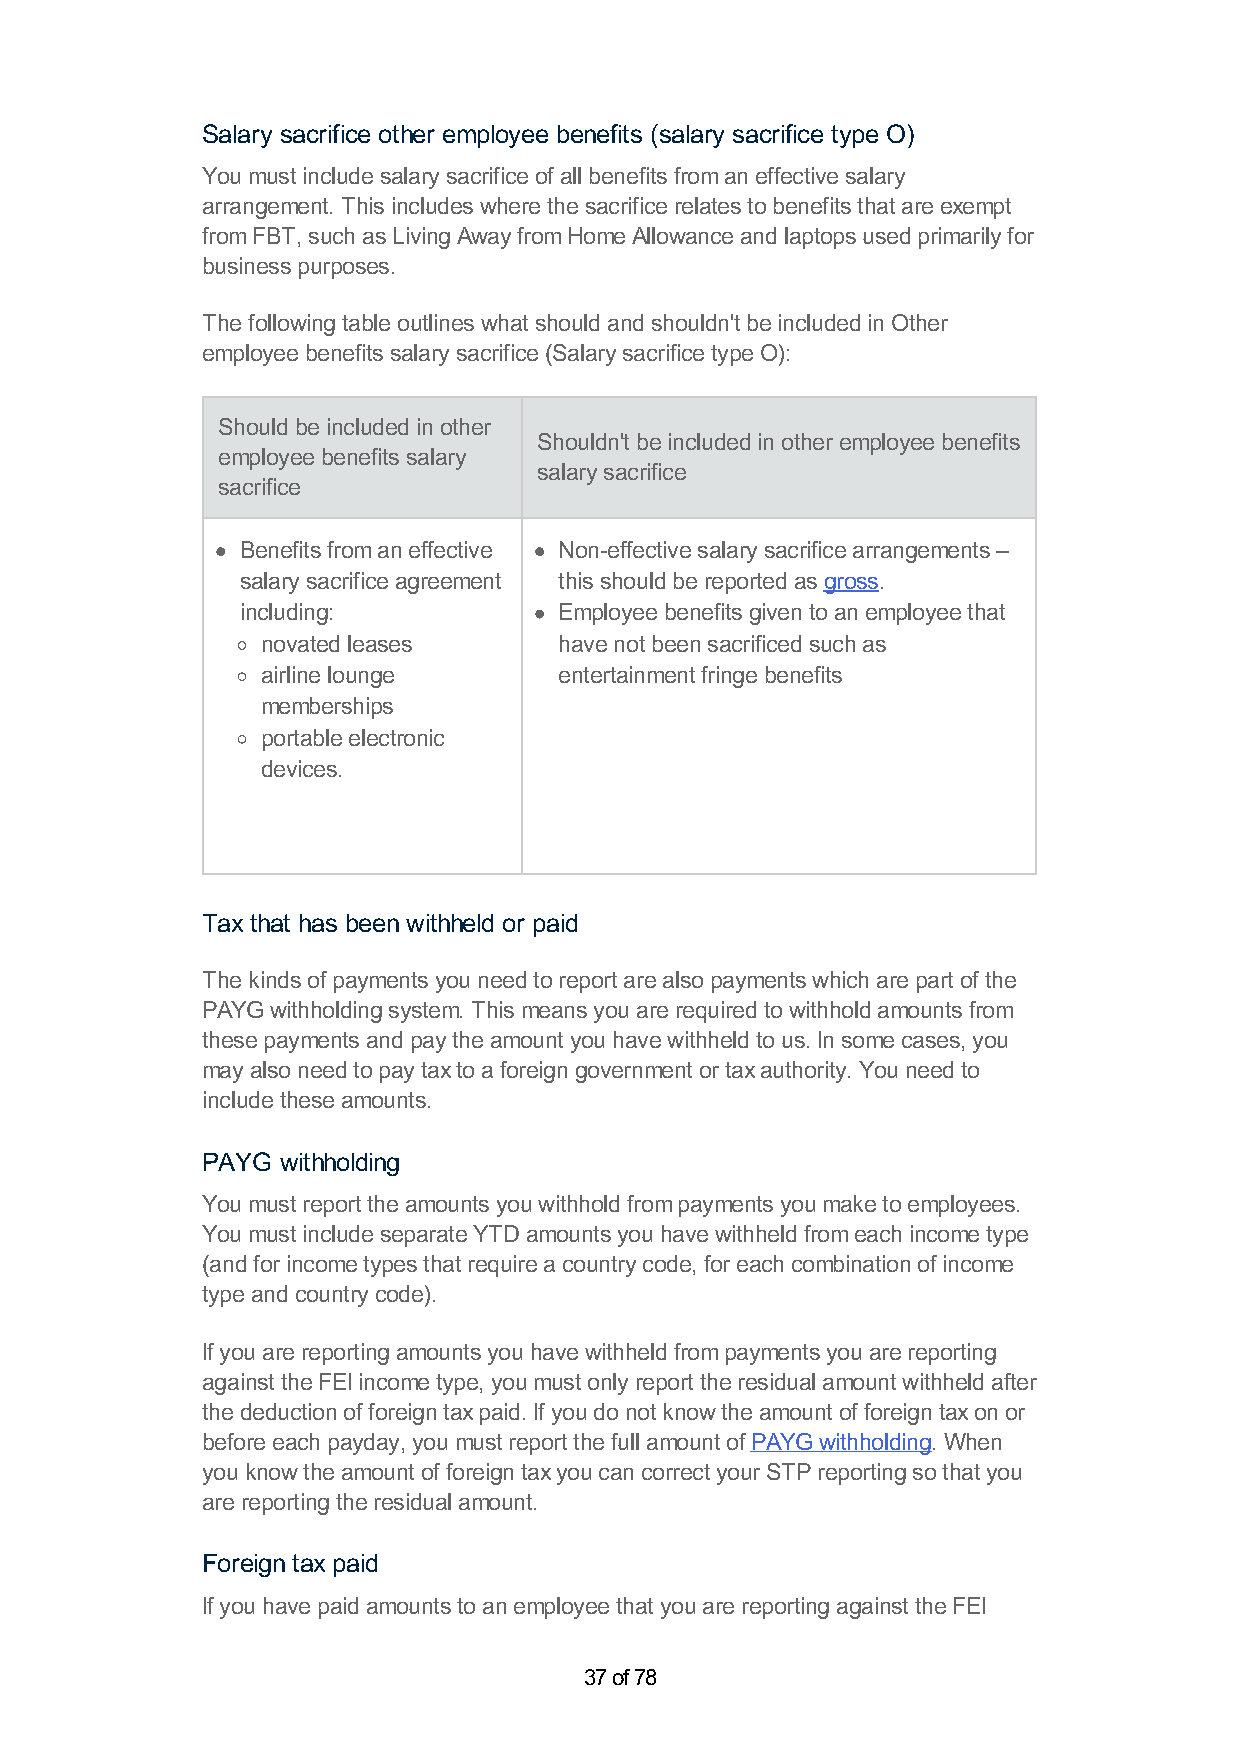
Salary sacrifice other employee benefits (salary sacrifice type O)
 You must include salary sacrifice of all benefits from an effective salary
 arrangement. This includes where the sacrifice relates to benefits that are exempt
 from FBT, such as Living Away from Home Allowance and laptops used primarily for
 business purposes.
 The following table outlines what should and shouldn't be included in Other
 employee benefits salary sacrifice (Salary sacrifice type O):
 Should be included in other
 Shouldn't be included in other employee benefits
 employee benefits salary
 salary sacrifice
 sacrifice
 Benefits from an effective Non-effective salary sacrifice arrangements –
 salary sacrifice agreement this should be reported as gross.
 including:           Employee benefits given to an employee that
 novated leases      have not been sacrificed such as
 airline lounge      entertainment fringe benefits
 memberships
 portable electronic
 devices.
 Tax that has been withheld or paid
 The kinds of payments you need to report are also payments which are part of the
 PAYG withholding system. This means you are required to withhold amounts from
 these payments and pay the amount you have withheld to us. In some cases, you
 may also need to pay tax to a foreign government or tax authority. You need to
 include these amounts.
 PAYG  withholding
 You must report the amounts you withhold from payments you make to employees.
 You must include separate YTD amounts you have withheld from each income type
 (and for income types that require a country code, for each combination of income
 type and country code).
 If you are reporting amounts you have withheld from payments you are reporting
 against the FEI income type, you must only report the residual amount withheld after
 the deduction of foreign tax paid. If you do not know the amount of foreign tax on or
 before each payday, you must report the full amount of PAYG withholding. When
 you know the amount of foreign tax you can correct your STP reporting so that you
 are reporting the residual amount.
 Foreign tax paid
 If you have paid amounts to an employee that you are reporting against the FEI
 37 of 78